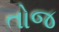
તોજ